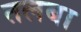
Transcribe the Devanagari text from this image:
तलबा